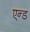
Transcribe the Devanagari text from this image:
एन्‍ड